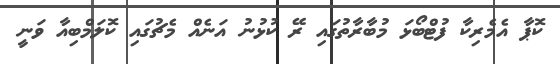
ކޮޕާ އެމެރިކާ ފުޓްބޯޅަ މުބާރާތުގައި ރޭ ކުޅުނު އަނެއް މެޗުގައި ކޮލަމްބިއާ ވަނީ